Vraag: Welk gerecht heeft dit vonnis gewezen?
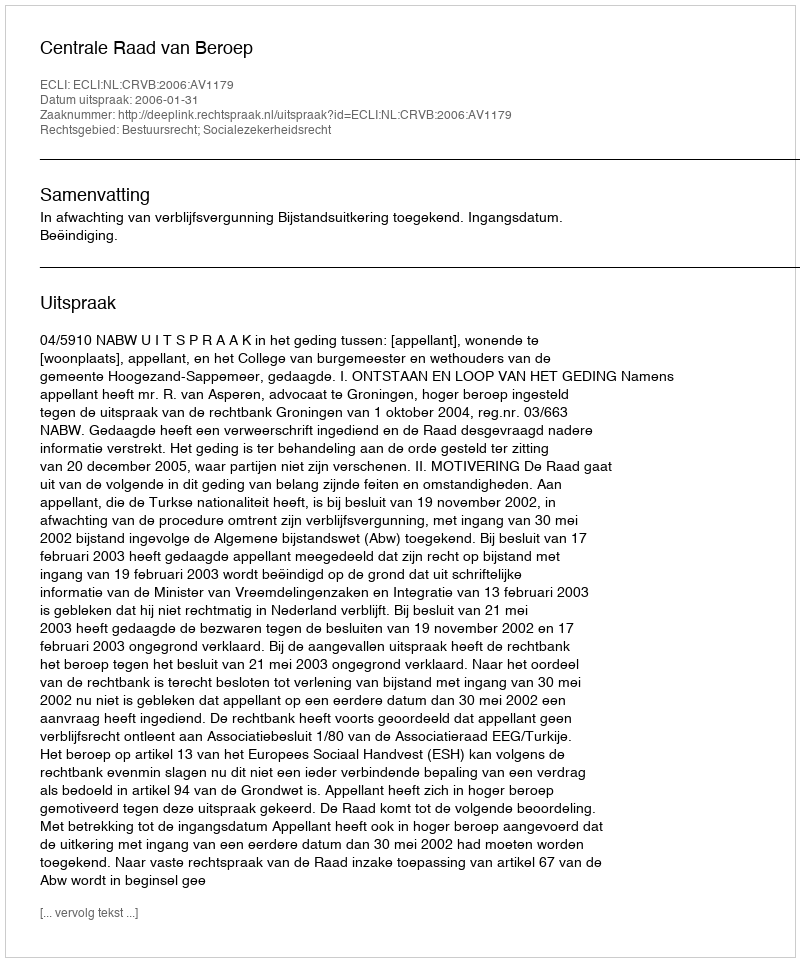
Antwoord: Centrale Raad van Beroep